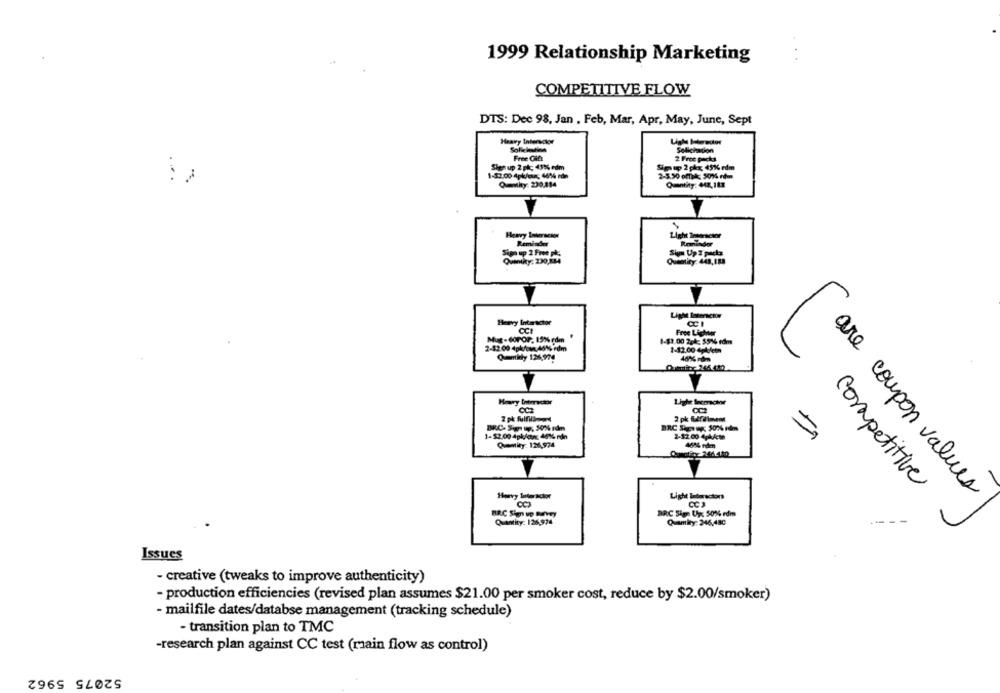
1999 Relationship Marketing
COMPETITIVE FLOW
DTS: Dec 98, Jan , Feb, Mar, Apr, May, June, Sept
Heavy Interackor
Lighe Interedter
Solielainn
Solicinacion
Free Gift
2 Free packs
Sign up 2 pl: 43% edm
Sim up 2 pkx, 45% rdm
1-32:00 4pk/eur, 66% rda
2-5.50 omak: 50%% rém
Queky: 230.884
Quantity: 44,Itx
Light Tetenscsor
Reminder
Reminder
Sign up 2 Free ph.
Sima Up 2 packs
Quantity: 230,884
Quemity: 448,188
Light Internesw
Heavy Intersctor
CCI
CCI
Free Lighter
Mug-60POP, 15% rdm
..
1-83.00 204: 55% rdm
2-12. 00 4pk/own,461% rdm
1-12.00 4pkfcom
Quemkly 126,979
40% nom
Heavy Interachor
CC2
2 pk fulfilled
1-52.00 4pk/on: 46%, rdn
2-12.00 ApkActe
4684 nam
Quantity: 126,974
competitive
Hervy Interschor
Light lederactors
are coupon values
BRC Sign Up: 50%% rdm
Quantity: 126,974
Quamity: 246,480
Issues
- creative (tweaks to improve authenticity)
- production efficiencies (revised plan assumes $21.00 per smoker cost, reduce by $2.00/smoker)
- mailfile dates/databse management (tracking schedule)
- transition plan to TMC
-research plan against CC test (rain flow as control)
52075 5962